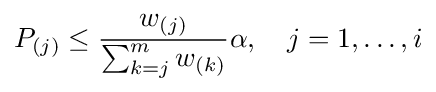
P_{(j)}\leq {\frac {w_{(j)}}{\sum _{k=j}^{m}w_{(k)}}}\alpha ,\quad j=1,\ldots ,i